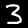
Label: 3